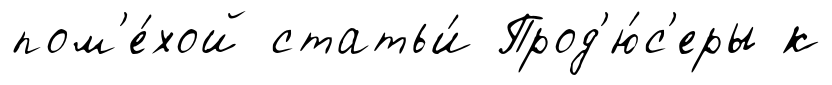
пом'е́хой статьи́ Прод'ю́с'еры к